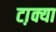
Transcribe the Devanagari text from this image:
टा़क्या